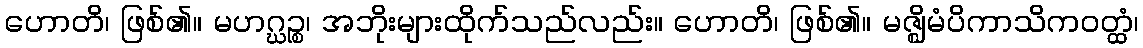
ဟောတိ၊ ဖြစ်၏။ မဟဂ္ဃဉ္စ၊ အဘိုးများထိုက်သည်လည်း။ ဟောတိ၊ ဖြစ်၏။ မဇ္ဈိမံပိကာသိကဝတ္ထံ၊